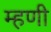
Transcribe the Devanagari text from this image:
म्‍हणी